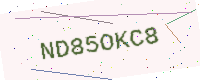
Text: ND85OKC8